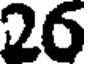
26